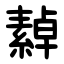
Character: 繛